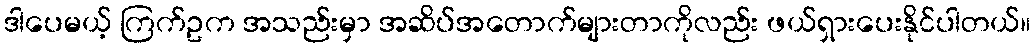
ဒါပေမယ့် ကြက်ဥက အသည်းမှာ အဆိပ်အတောက်များတာကိုလည်း ဖယ်ရှားပေးနိုင်ပါတယ်။